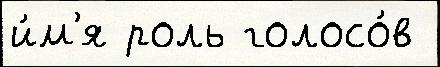
и́м'я роль голосо́в